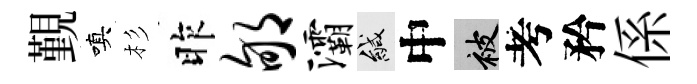
覲嗔杉昨郇灞緘中被考矜係